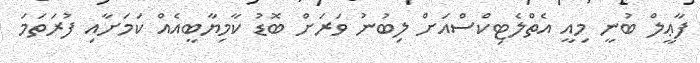
ފާޢީލް ބުނީ މިއީ އެތްލެޓިކްސްއަށް ލިބުނު ވަރަށް ބޮޑު ކާމިޔާބީއެއް ކަމަށާއި ފުރަތަމަ